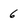
Character: 6